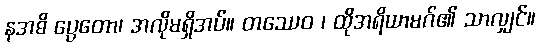
နအဓိ ပ္ပေတော၊ အလိုမရှိအပ်။ တဿေဝ ၊ ထိုအရိယာမဂ်၏ သာလျှင်။